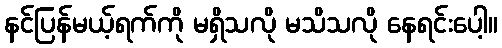
နင်ပြန်မယ့်ရက်ကို မရှိသလို မသိသလို နေရင်းပေါ့။